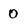
Character: 0